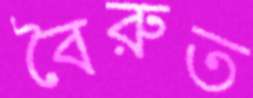
বৈরুত